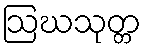
ဩဃသုတ္တ